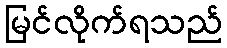
မြင်လိုက်ရသည်